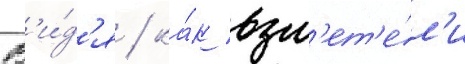
В'и́д'я / ка́к взл'ет'е́л'и